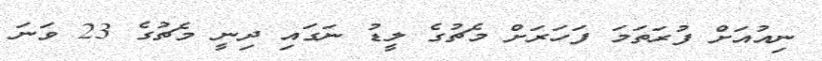
ނިއުއަށް ފުރަތަމަ ފަހަރަށް މެޗުގެ ލީޑު ނަގައި ދިނީ މެޗުގެ 23 ވަނަ